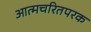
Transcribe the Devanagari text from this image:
आत्मचरितपरक